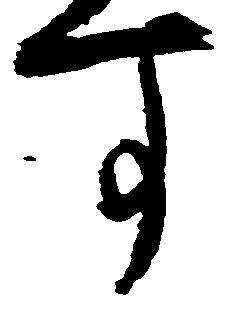
す